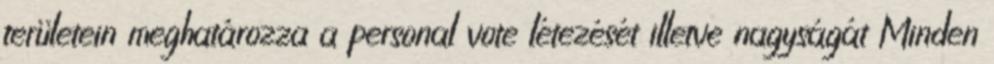
területein meghatározza a personal vote létezését illetve nagyságát Minden